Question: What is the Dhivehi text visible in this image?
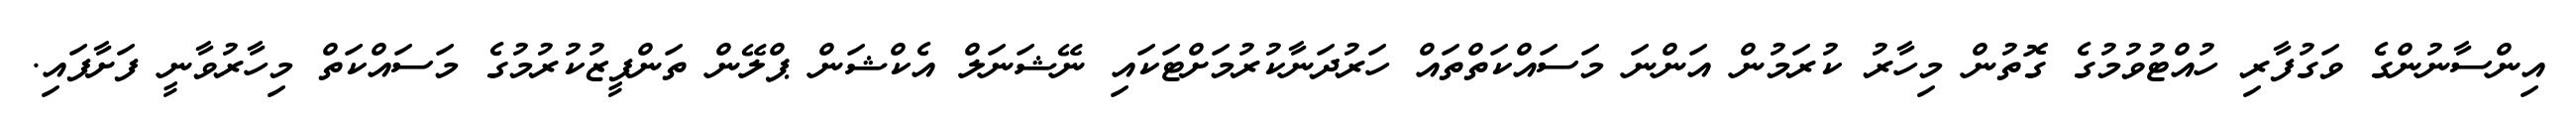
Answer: އިންސާނުންގެ ވަގުފާރި ހުއްޓުވުމުގެ ގޮތުން މިހާރު ކުރަމުން އަންނަ މަސައްކަތްތައް ހަރުދަނާކުރުމަށްޓަކައި ނޭޝަނަލް އެކްޝަން ޕްލޭން ތަންފީޒުކުރުމުގެ މަސައްކަތް މިހާރުވާނީ ފަށާފައި.